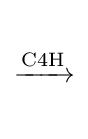
{\begin{matrix}{}\\{\xrightarrow {\mathrm {C4H} }}\\{}\end{matrix}}